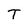
Character: T